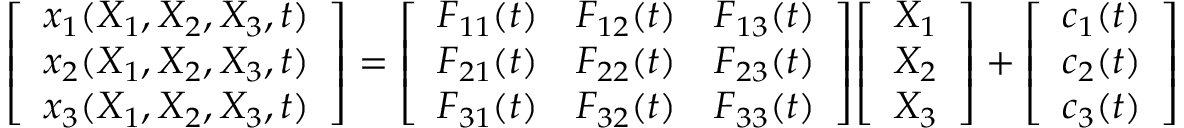
{ \left[ \begin{array} { l } { x _ { 1 } ( X _ { 1 } , X _ { 2 } , X _ { 3 } , t ) } \\ { x _ { 2 } ( X _ { 1 } , X _ { 2 } , X _ { 3 } , t ) } \\ { x _ { 3 } ( X _ { 1 } , X _ { 2 } , X _ { 3 } , t ) } \end{array} \right] } = { \left[ \begin{array} { l l l } { F _ { 1 1 } ( t ) } & { F _ { 1 2 } ( t ) } & { F _ { 1 3 } ( t ) } \\ { F _ { 2 1 } ( t ) } & { F _ { 2 2 } ( t ) } & { F _ { 2 3 } ( t ) } \\ { F _ { 3 1 } ( t ) } & { F _ { 3 2 } ( t ) } & { F _ { 3 3 } ( t ) } \end{array} \right] } { \left[ \begin{array} { l } { X _ { 1 } } \\ { X _ { 2 } } \\ { X _ { 3 } } \end{array} \right] } + { \left[ \begin{array} { l } { c _ { 1 } ( t ) } \\ { c _ { 2 } ( t ) } \\ { c _ { 3 } ( t ) } \end{array} \right] }